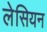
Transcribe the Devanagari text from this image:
लेसियन